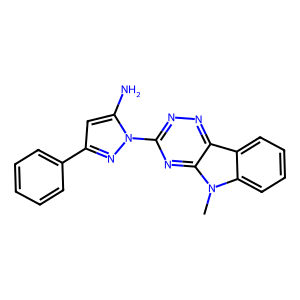
SMILES: Cn1c2ccccc2c2nnc(-n3nc(-c4ccccc4)cc3N)nc21
Inhibits HIV replication: No